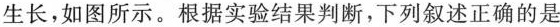
生长，实验组胚芽鞘发生弯曲d d'生长，如图所示。根据实验结果判断，下列叙述正确的是